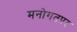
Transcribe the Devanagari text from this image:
मनोगतपर